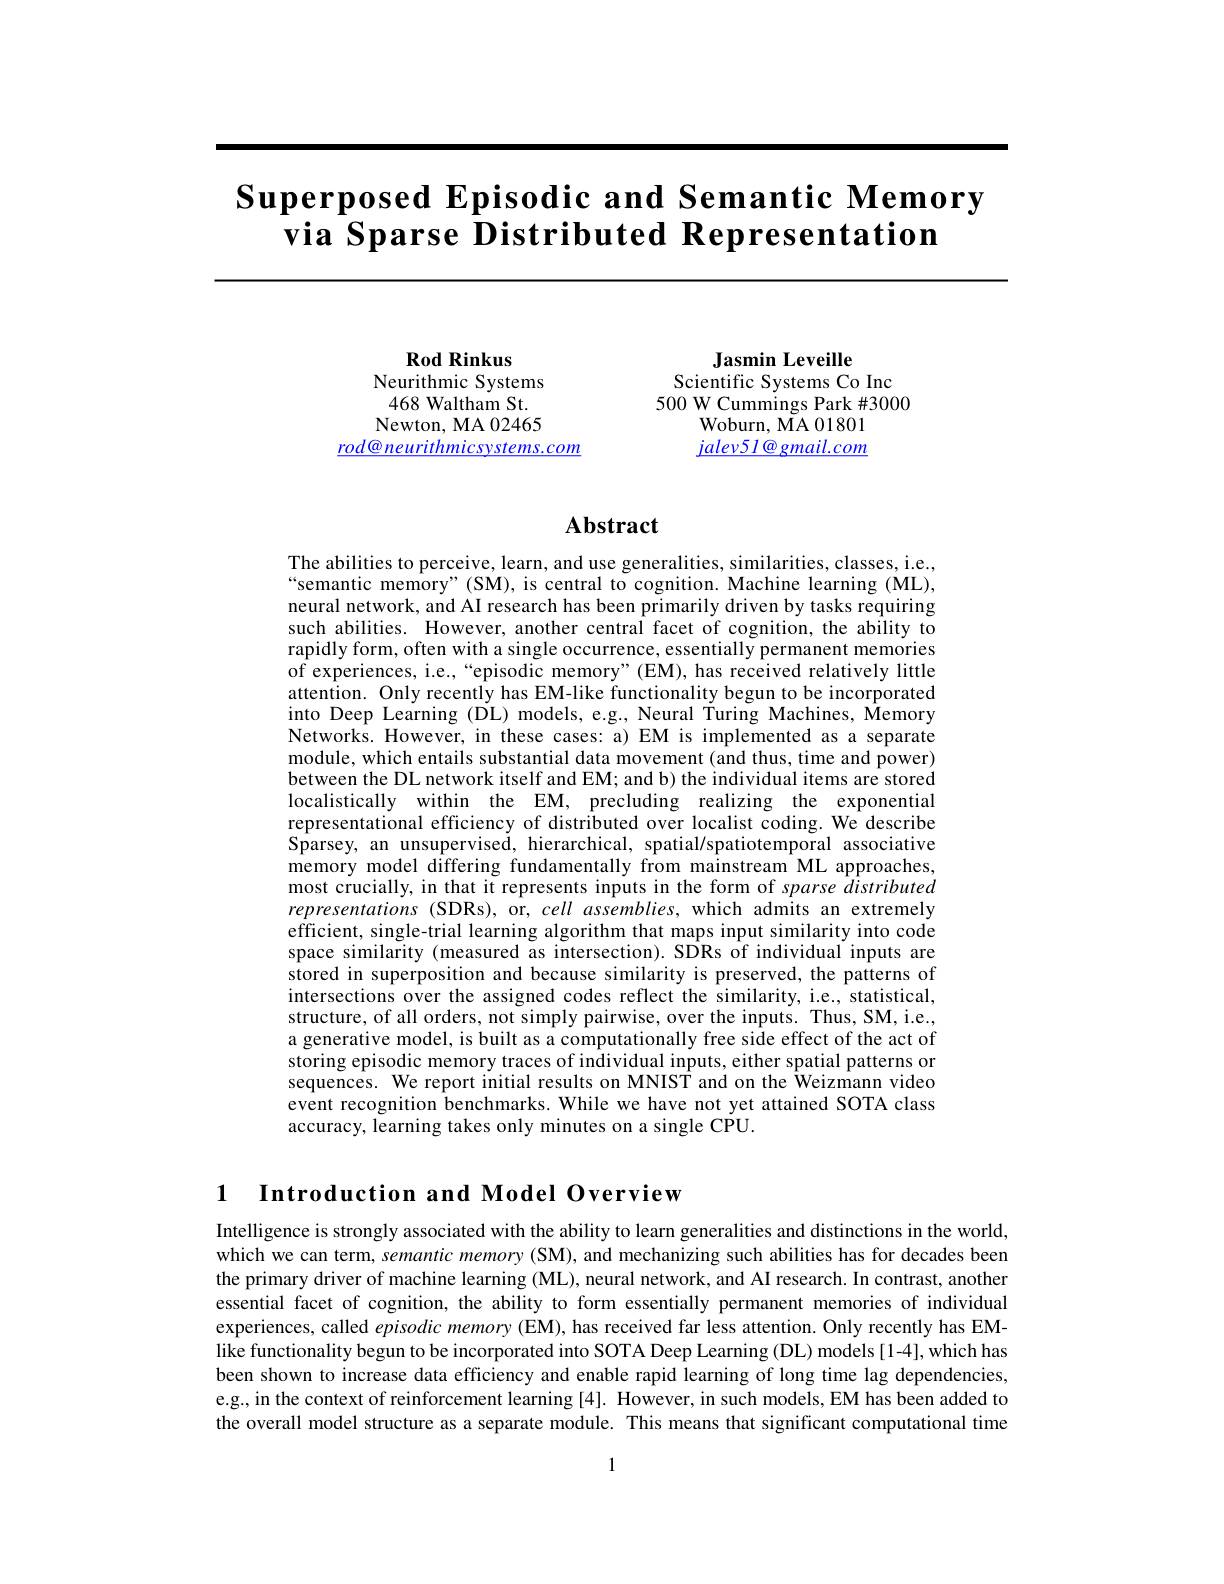
# $\textbf{Superposed Episodic and Semantic Memory}$ via Sparse Distributed Representation

Rod Rinkus
Neurithmic Systems 468 Waltham St. Newton, MA 02465
$\underline{rod@neurithmicsystems.com}$

Jasmin Leveille
Scientific Systems Co Inc 500 W Cummings Park #3000
Woburn, MA 01801 $jalev5l@gmail.com$

## $\mathbf{Abstract}$

The abilities to perceive, learn, and use generalities, similarities, classes, i.e., “semantic memory”(SM), is central to cognition. Machine learning (ML), neural network, and AI research has been primarily driven by tasks requiring such abilities. However, another central facet of cognition, the ability to rapidly form, often with a single occurrence, essentially permanent memories of experiences, i.e., “episodic memory”(EM), has received relatively little attention. Only recently has EM-like functionality begun to be incorporated into Deep Learning (DL) models, e.g., Neural Turing Machines, Memory Networks. However, in these cases: a) EM is implemented as a separate module, which entails substantial data movement (and thus, time and power) between the DL network itself and EM; and b) the individual items are stored localistically within the EM, precluding realizing the exponential representational efficiency of distributed over localist coding. We describe Sparsey, an unsupervised, hierarchical, spatial/spatiotemporal associative memory model differing fundamentally from mainstream ML approaches, most crucially, in that it represents inputs in the form of sparse distributed representations (SDRs), or, cell assemblies, which admits an extremely efficient, single-trial learning algorithm that maps input similarity into code space similarity (measured as intersection). SDRs of individual inputs are stored in superposition and because similarity is preserved, the patterns of intersections over the assigned codes reflect the similarity, i.e., statistical, structure, of all orders, not simply pairwise, over the inputs. Thus, SM, i.e., a generative model, is built as a computationally free side effect of the act of storing episodic memory traces of individual inputs, either spatial patterns or sequences. We report initial results on MNIST and on the Weizmann video event recognition benchmarks. While we have not yet attained SOTA class accuracy, learning takes only minutes on a single CPU

1

Introduction and Model Overview

Intelligence is strongly associated with the ability to learn generalities and distinctions in the world, which we can term, semantic memory (SM), and mechanizing such abilities has for decades been the primary driver of machine learning (ML), neural network, and AI research. In contrast, another essential facet of cognition, the ability to form essentially permanent memories of individual experiences, called episodicmemory (EM), has received far less attention. Only recently has EMlike functionality begun to be incorporated into SOTA Deep Learning (DL) models [1-4], which has been shown to increase data efficiency and enable rapid learning of long time lag dependencies, e.g., in the context of reinforcement learning [4]. However, in such models, EM has been added to the overall model structure as a separate module. This means that significant computational time

1